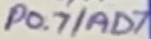
Text: P0.7/AD7